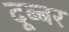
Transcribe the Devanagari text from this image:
दूब्बर